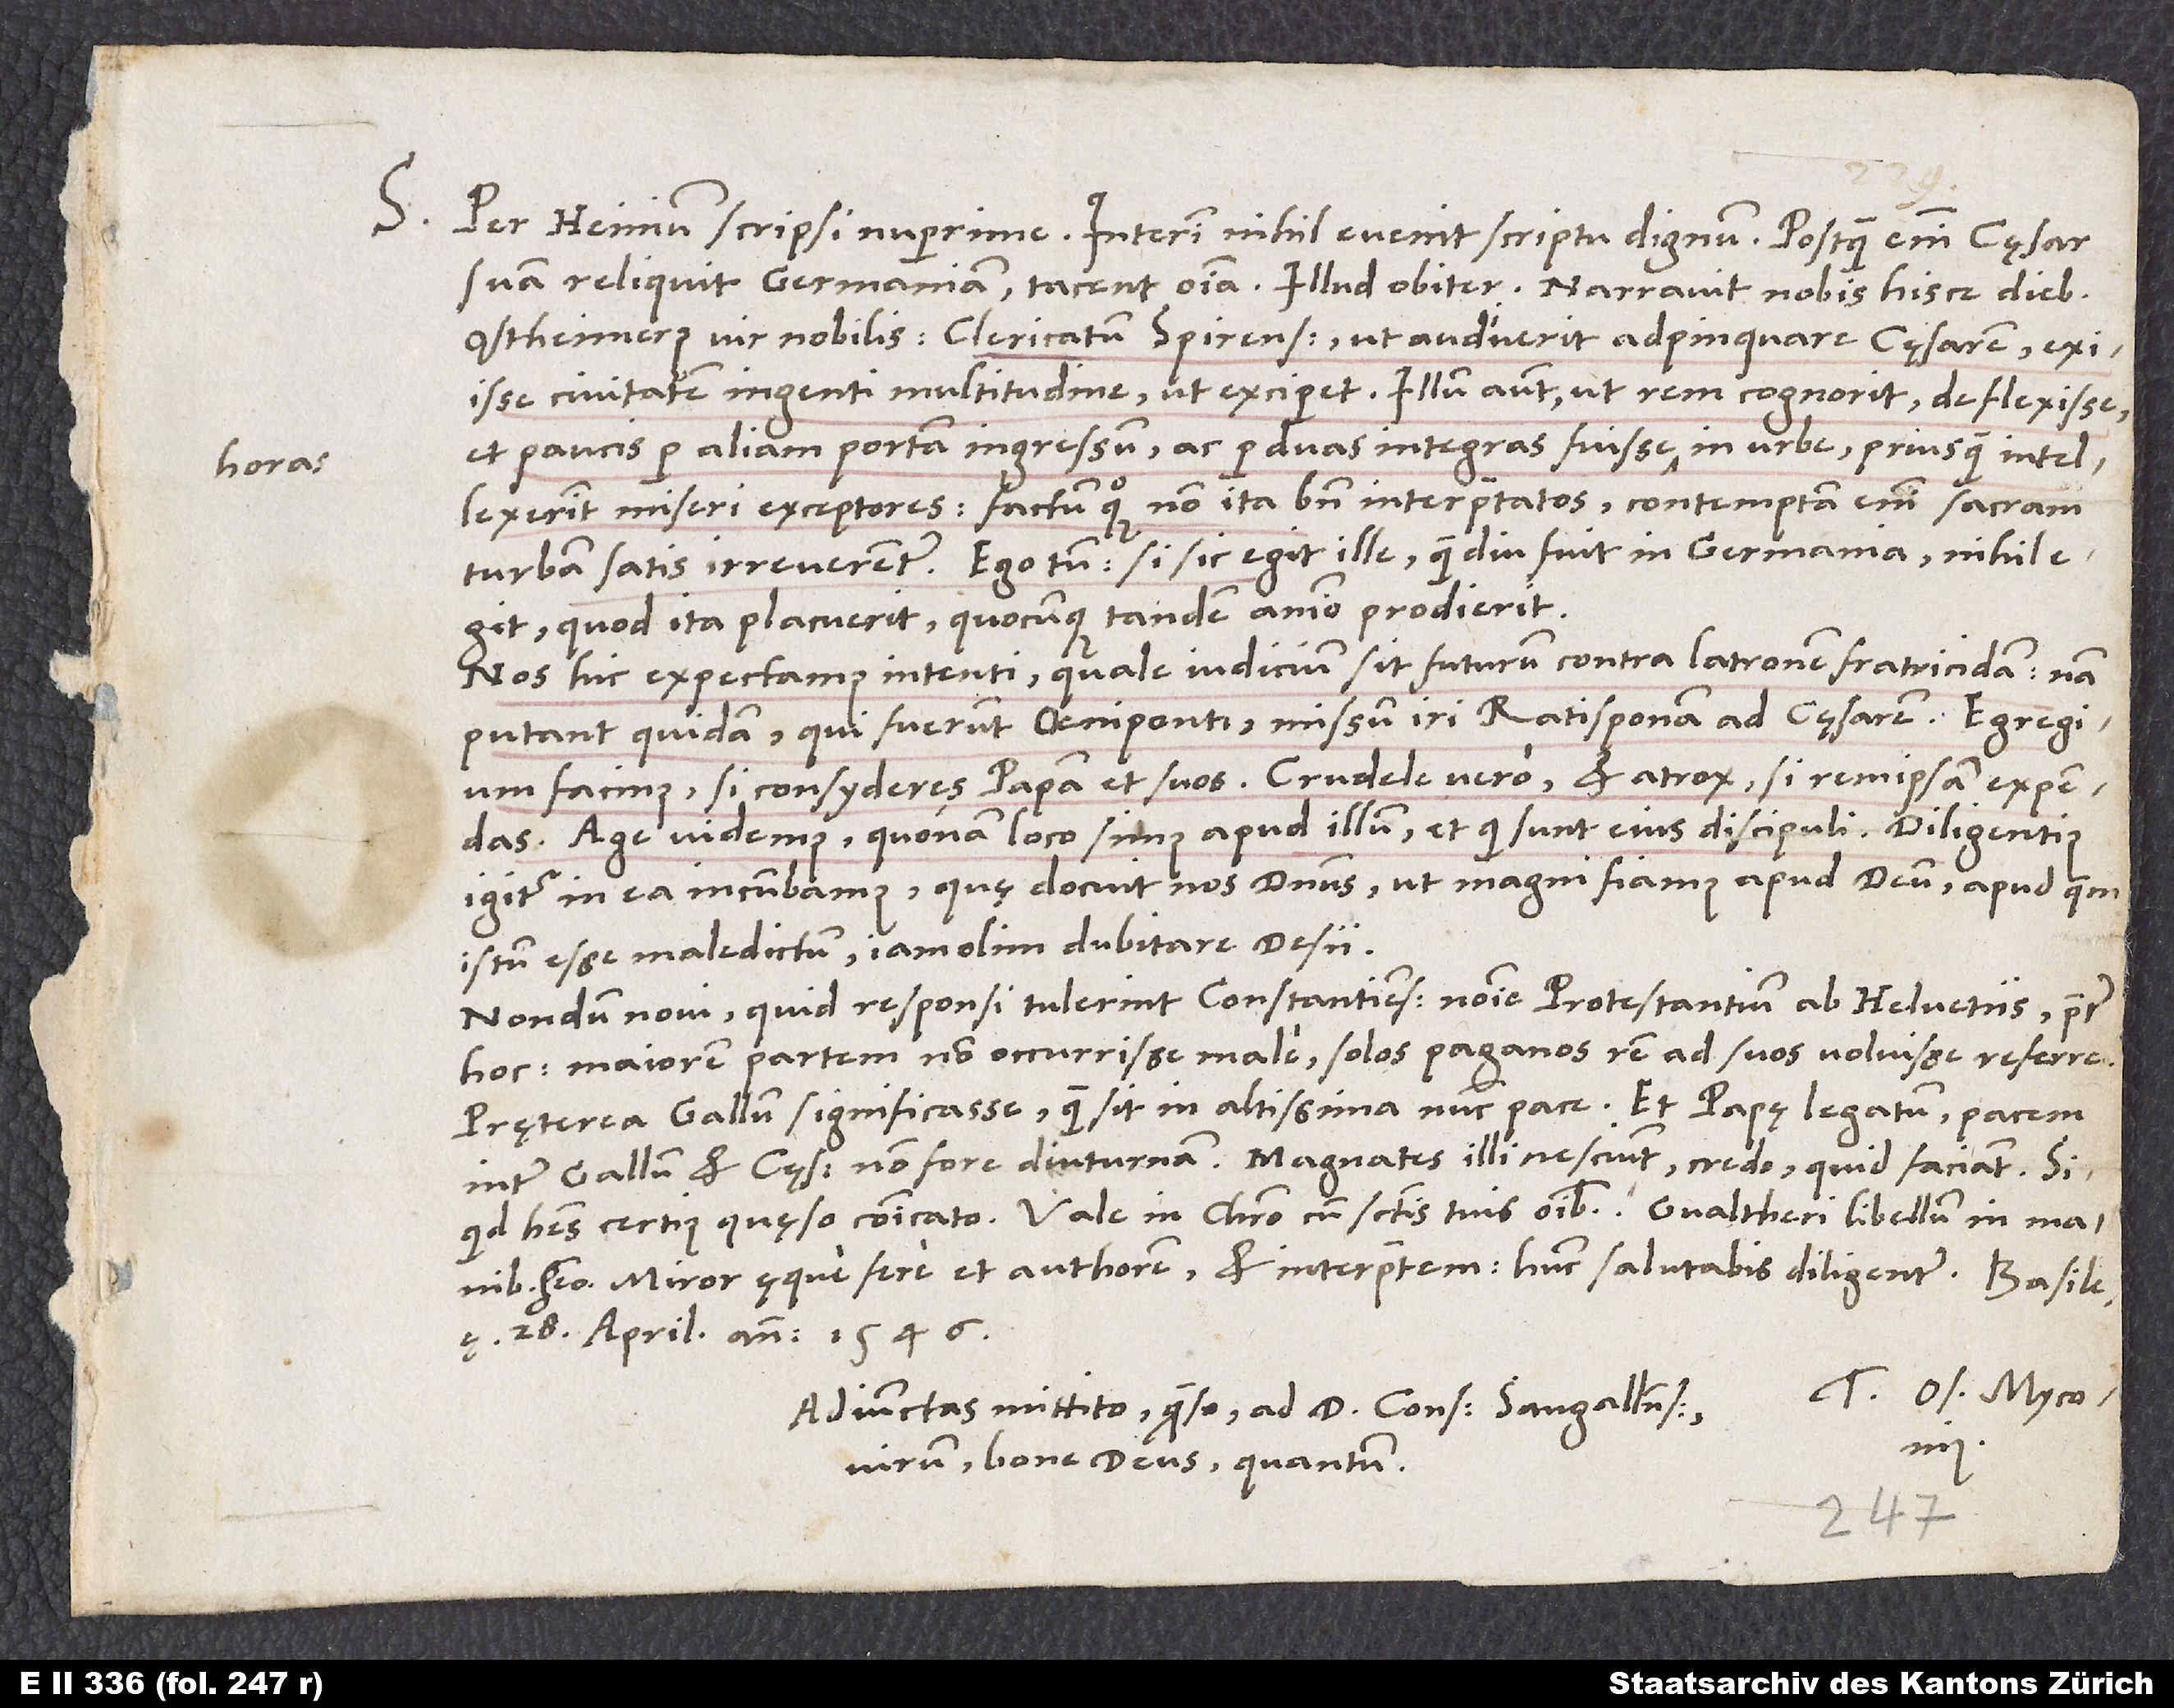
S.

Per Heinium scripsi nuperrime. Interim nihil evenit scriptu dignum. Postquam enim cęsar
suam reliquit Germaniam, tacent omnia. Illud obiter: Narravit nobis hisce diebus
Ostheimerus, vir nobilis, clericatum Spirensem, ut audiverit adpropinquare cęsarem, exiisse
civitatem ingenti multitudine, ut exciperet. Illum autem, ut rem cognorit, deflexisse
et paucis per aliam portam ingressum ac per duas integras fuisse horas in urbe, priusquam intellexerint
miseri exceptores factum quoque non ita bene interpretatos: Contemptam enim sacram
turbam satis irreverenter. Ego tum: „Si sic ille egit, quamdiu fuit in Germania, nihil egit,
quod ita placuerit, quocunque tandem animo prodierit.“
Nos hic expectamus intenti, quale iudicium sit futurum contra latronem fratricidam. Nam
putant quidam, qui fuerunt Oeniponti, missum iri Ratisponam ad cęsarem. Egregium
facinus, si consyderes papam et suos; crudele vero et atrox, si rem ipsam expendas.
Age videmus, quonam loco simus apud illum et qui sunt eius discipuli. Diligentius
igitur in ea incumbamus, quę docuit nos dominus, ut magni fiamus apud deum, apud quem
istum esse maledictum iam olim dubitare desii.
Nondum novi, quid responsi tulerint Constantienses nomine Protestantium ab Helvetiis, praeter
hoc: Maiorem partem non occurrisse male. Solos Paganos rem ad suos voluisse referre.
Pręterea Gallum significasse, quam sit in altissima nunc pace, et papę legatum pacem
inter Gallum et cęsarem non fore diuturnam. Magnates illi nesciunt, credo, quid faciant. Si
habeo. Miror ęque fere et authorem et interpretem. Hunc salutabis diligenter.
28. aprilis anno 1546.
Adiunctas mittito, quaeso, ad d. consulem Sangallensem,
virum, bone deus, quantum!